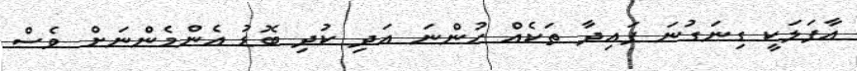
އާފަލަކީ ގިނަގުނަ ފައިދާ ތަކެއް ހުންނަ އަދި ކުދި ބޮޑު އެންމެންނަށް ވެސް